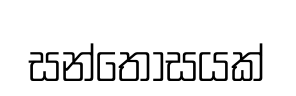
සන්තෝසයක්